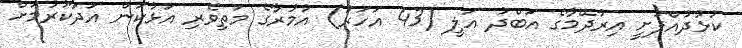
ކުޅުދުއްފުށީ އިރުދޭމާގެ އަބްދު އަލީ (43 އަހަރު) އުމުރާގެ މަތިވެރި އަޅުކަން އަދާކުރުމަށް